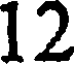
12